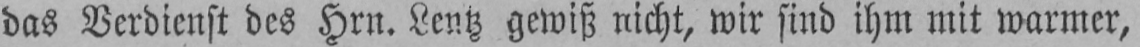
das Verdienst des Hrn. Lentz gewiß nicht, wir sind ihm mit warmer,